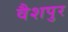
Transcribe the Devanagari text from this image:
वैशपुर